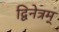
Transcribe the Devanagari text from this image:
द्विनेत्रम्